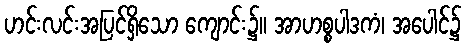
ဟင်းလင်းအပြင်ရှိသော ကျောင်း၌။ အာဟစ္စပါဒကံ၊ အပေါင်၌